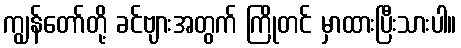
ကျွန်တော်တို့ ခင်ဗျားအတွက် ကြိုတင် မှာထားပြီးသားပါ။